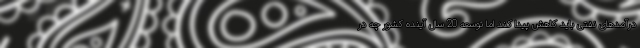
درآمدهای نفتی باید کاهش پیدا کند اما توسعه 20 سال آینده کشور چه در